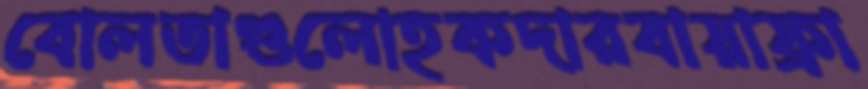
বোলতাগুলোহকদারবায়াফ্রা